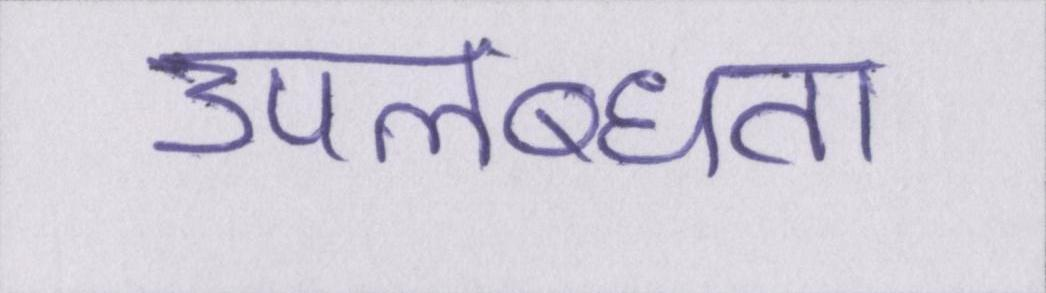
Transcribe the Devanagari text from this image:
उपलब्धता